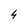
Character: 4